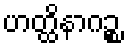
ဟတ္ထိနာဂဉ္စ